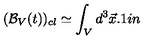
( { \cal B } _ { V } ( t ) ) _ { c l } \simeq \int _ { V } d ^ { 3 } { \vec { x } } \hspace { 0 . 1 i n }